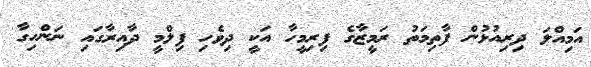
އަމިއްލަ ދިރިއުޅުން ފާތިމަތު ރަމީޒާގެ ފިރިމީހާ އަކީ ދިވެހި ފިލްމީ ދާއިރާގައި ނަންހިގާ